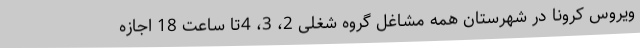
ویروس کرونا در شهرستان همه مشاغل گروه شغلی 2، 3، 4تا ساعت 18 اجازه